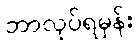
ဘာလုပ်ရမှန်း